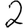
Digit: 2